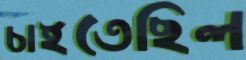
চাইতেছিল